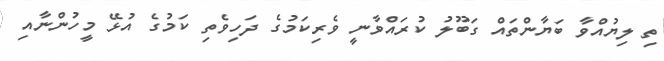
ތި ލިޔުއްވާ ބަޔާންތައް ގަބޫލު ކުރައްވާނީ ވެރިކަމުގެ ދަހިވެތި ކަމުގެ އުޅޭ މީހުންނާއި